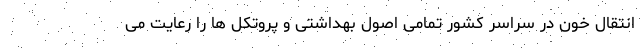
انتقال خون در سراسر کشور تمامی اصول بهداشتی و پروتکل ها را رعایت می